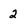
Character: 2